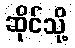
ဆိုင်သို့